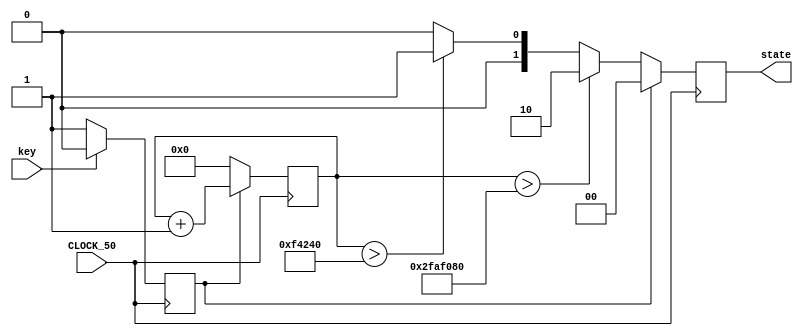
/*
      1s
    00
    01
    10
    
*/
module button_state (
    input key,            //
    input CLOCK_50,
    output reg[1:0] state
);
reg en;
reg[27:0] count;    //
always @(posedge CLOCK_50) begin
    if(key == 0)
        en <= 1;
    else en <= 0;
end
always @(posedge CLOCK_50) begin
    if(!en) begin
        if(count > 27'd50_000000) begin    //
            state <= 2'b10;
            count <= 0;
        end
        else if(count > 27'd1000000) begin     //20ms,
            state <= 2'b01;
            count <= 0;
        end
        else begin
            count <= 0;
            state <= 2'b00;
        end 
    end
    else begin
        count <= count + 1;
        state <= 2'b00;
    end
end

endmodule